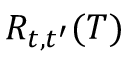
R _ { t , t ^ { \prime } } ( T )